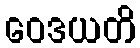
ဝေဒယတိ